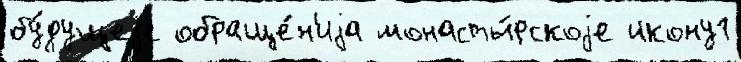
бу́дущеjе обраще́н'иjа монасты́рскоjе икону1